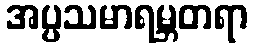
အပ္ပသမာရမ္ဘတရာ